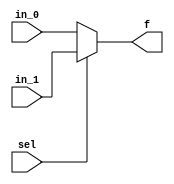
module mux21 (
  input sel, in_0, in_1,
  output f
);

  assign f = sel ? in_1 : in_0;

endmodule

module mux21_4bit (
  input sel,
  input [3:0] in_0, in_1,
  output [3:0] f
);

  mux21 U0 ( sel, in_0[0], in_1[0], f[0] );
  mux21 U1 ( sel, in_0[1], in_1[1], f[1] );
  mux21 U2 ( sel, in_0[2], in_1[2], f[2] );
  mux21 U3 ( sel, in_0[3], in_1[3], f[3] );

endmodule